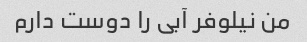
من نیلوفر آبی را دوست دارم